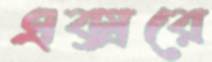
এক্সরে